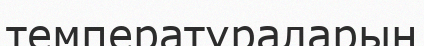
температураларын